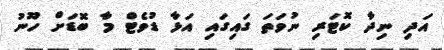
އަދި ނިދާ ކޮޓަރި ނުވަތަ ގައިގައި އަޅާ ޑުވެޓް މާ ބޮޑަށް ހޫނު